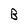
Character: B